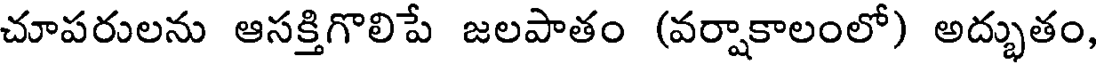
చూపరులను ఆసక్తిగొలిపే జలపాతం (వర్షాకాలంలో) అద్భుతం,